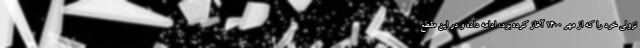
نزولی خود را که از مهر ۱۴۰۰ آغاز کرده بود، ادامه داده و در این مقطع